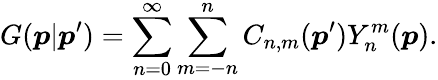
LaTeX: G(\boldsymbol{p}|\boldsymbol{p}^{\prime})=\sum_{n=0}^{\infty}\sum_{m=-n}^{n}C_{n,m}(\boldsymbol{p}^{\prime})Y_{n}^{m}(\boldsymbol{p}).